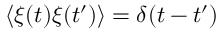
\langle \xi ( t ) \xi ( t ^ { \prime } ) \rangle = \delta ( t - t ^ { \prime } )